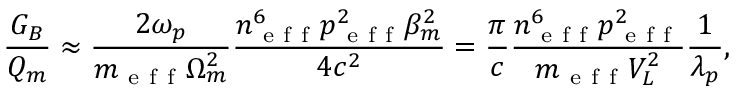
\frac { G _ { B } } { Q _ { m } } \approx \frac { 2 \omega _ { p } } { m _ { \mathrm { ~ e ~ f ~ f ~ } } \Omega _ { m } ^ { 2 } } \frac { n _ { \mathrm { ~ e ~ f ~ f ~ } } ^ { 6 } p _ { \mathrm { ~ e ~ f ~ f ~ } } ^ { 2 } \beta _ { m } ^ { 2 } } { 4 c ^ { 2 } } = \frac { \pi } { c } \frac { n _ { \mathrm { ~ e ~ f ~ f ~ } } ^ { 6 } p _ { \mathrm { ~ e ~ f ~ f ~ } } ^ { 2 } } { m _ { \mathrm { ~ e ~ f ~ f ~ } } V _ { L } ^ { 2 } } \frac { 1 } { \lambda _ { p } } ,